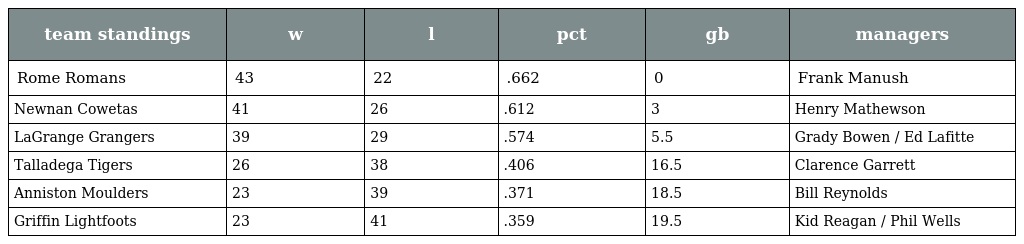
| team standings | w | l | pct | gb | managers |
 | --- | --- | --- | --- | --- | --- |
 | Rome Romans | 43 | 22 | .662 | 0 | Frank Manush |
 | Newnan Cowetas | 41 | 26 | .612 | 3 | Henry Mathewson |
 | LaGrange Grangers | 39 | 29 | .574 | 5.5 | Grady Bowen / Ed Lafitte |
 | Talladega Tigers | 26 | 38 | .406 | 16.5 | Clarence Garrett |
 | Anniston Moulders | 23 | 39 | .371 | 18.5 | Bill Reynolds |
 | Griffin Lightfoots | 23 | 41 | .359 | 19.5 | Kid Reagan / Phil Wells |